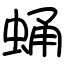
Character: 蛹